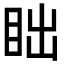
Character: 𬑎